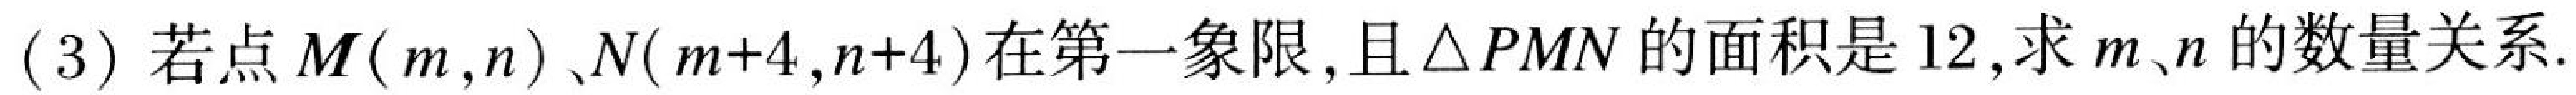
(3)若点\(M(m,n)\)、\(N(m + 4,n + 4)\)在第一象限,且\(\triangle PMN\)的面积是\(12\),求\(m、n\)的数量关系.